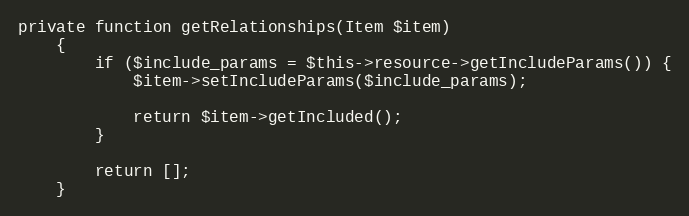
Language: PHP
private function getRelationships(Item $item)
    {
        if ($include_params = $this->resource->getIncludeParams()) {
            $item->setIncludeParams($include_params);

            return $item->getIncluded();
        }

        return [];
    }